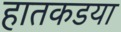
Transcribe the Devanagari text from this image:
हातकडया